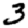
Digit: 3